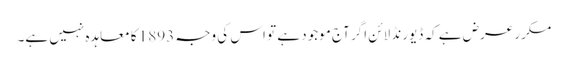
مکرر عرض ہے کہ ڈیورنڈ لائن اگر آج موجود ہے تو اس کی وجہ 1893 کا معاہدہ نہیں ہے۔